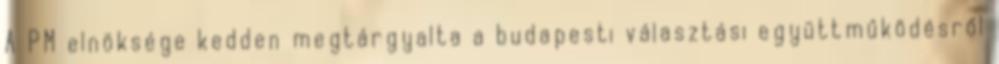
A PM elnöksége kedden megtárgyalta a budapesti választási együttműködésről